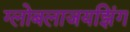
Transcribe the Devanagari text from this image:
ग्लोबलाजयझिंग